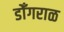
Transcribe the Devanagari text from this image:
डोँगराळ